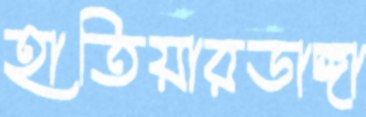
হাতিয়ারডাঙ্গা